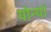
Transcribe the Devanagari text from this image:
योन्यां